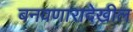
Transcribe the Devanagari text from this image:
बनवणारादेखील